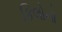
કિલોનો